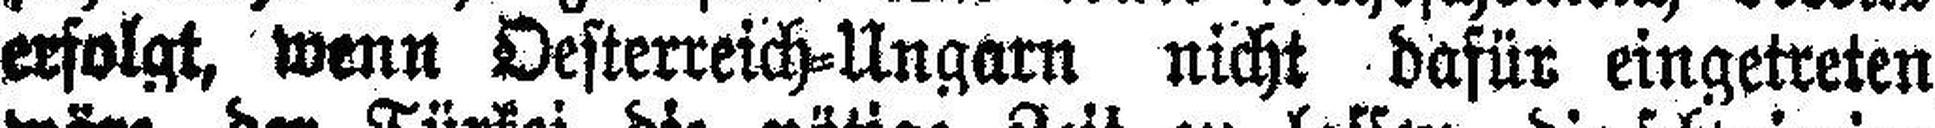
erfolgt, wenn Oesterreich=Ungarn nicht dafür eingetreten